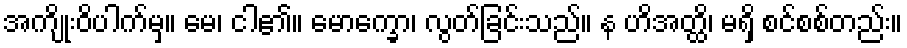
အကျိုးဝိပါက်မှ။ မေ၊ ငါ၏။ မောက္ခော၊ လွတ်ခြင်းသည်။ န ဟိအတ္ထိ၊ မရှိ စင်စစ်တည်း။